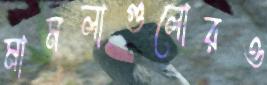
মামলাগুলোরও